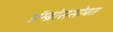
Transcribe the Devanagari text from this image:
ॲम्ब्रोससोबत